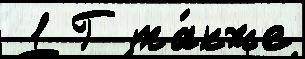
 1 Г та́кже